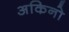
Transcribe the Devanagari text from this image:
अकिनो